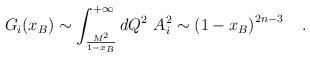
LaTeX: \begin{align*}G_i(x_B)\sim\int_{\frac{M^2}{1-x_B}}^{+\infty}dQ^2\,\, A_i^2\sim\left(1-x_B\right)^{2n-3}\quad.\end{align*}